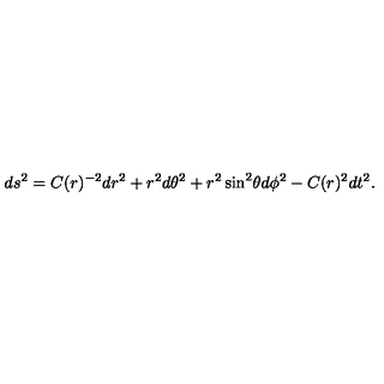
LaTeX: d s ^ { 2 } = C ( r ) ^ { - 2 } d r ^ { 2 } + r ^ { 2 } d \theta ^ { 2 } + r ^ { 2 } \sin ^ { 2 } \! \theta d \phi ^ { 2 } - C ( r ) ^ { 2 } d t ^ { 2 } .